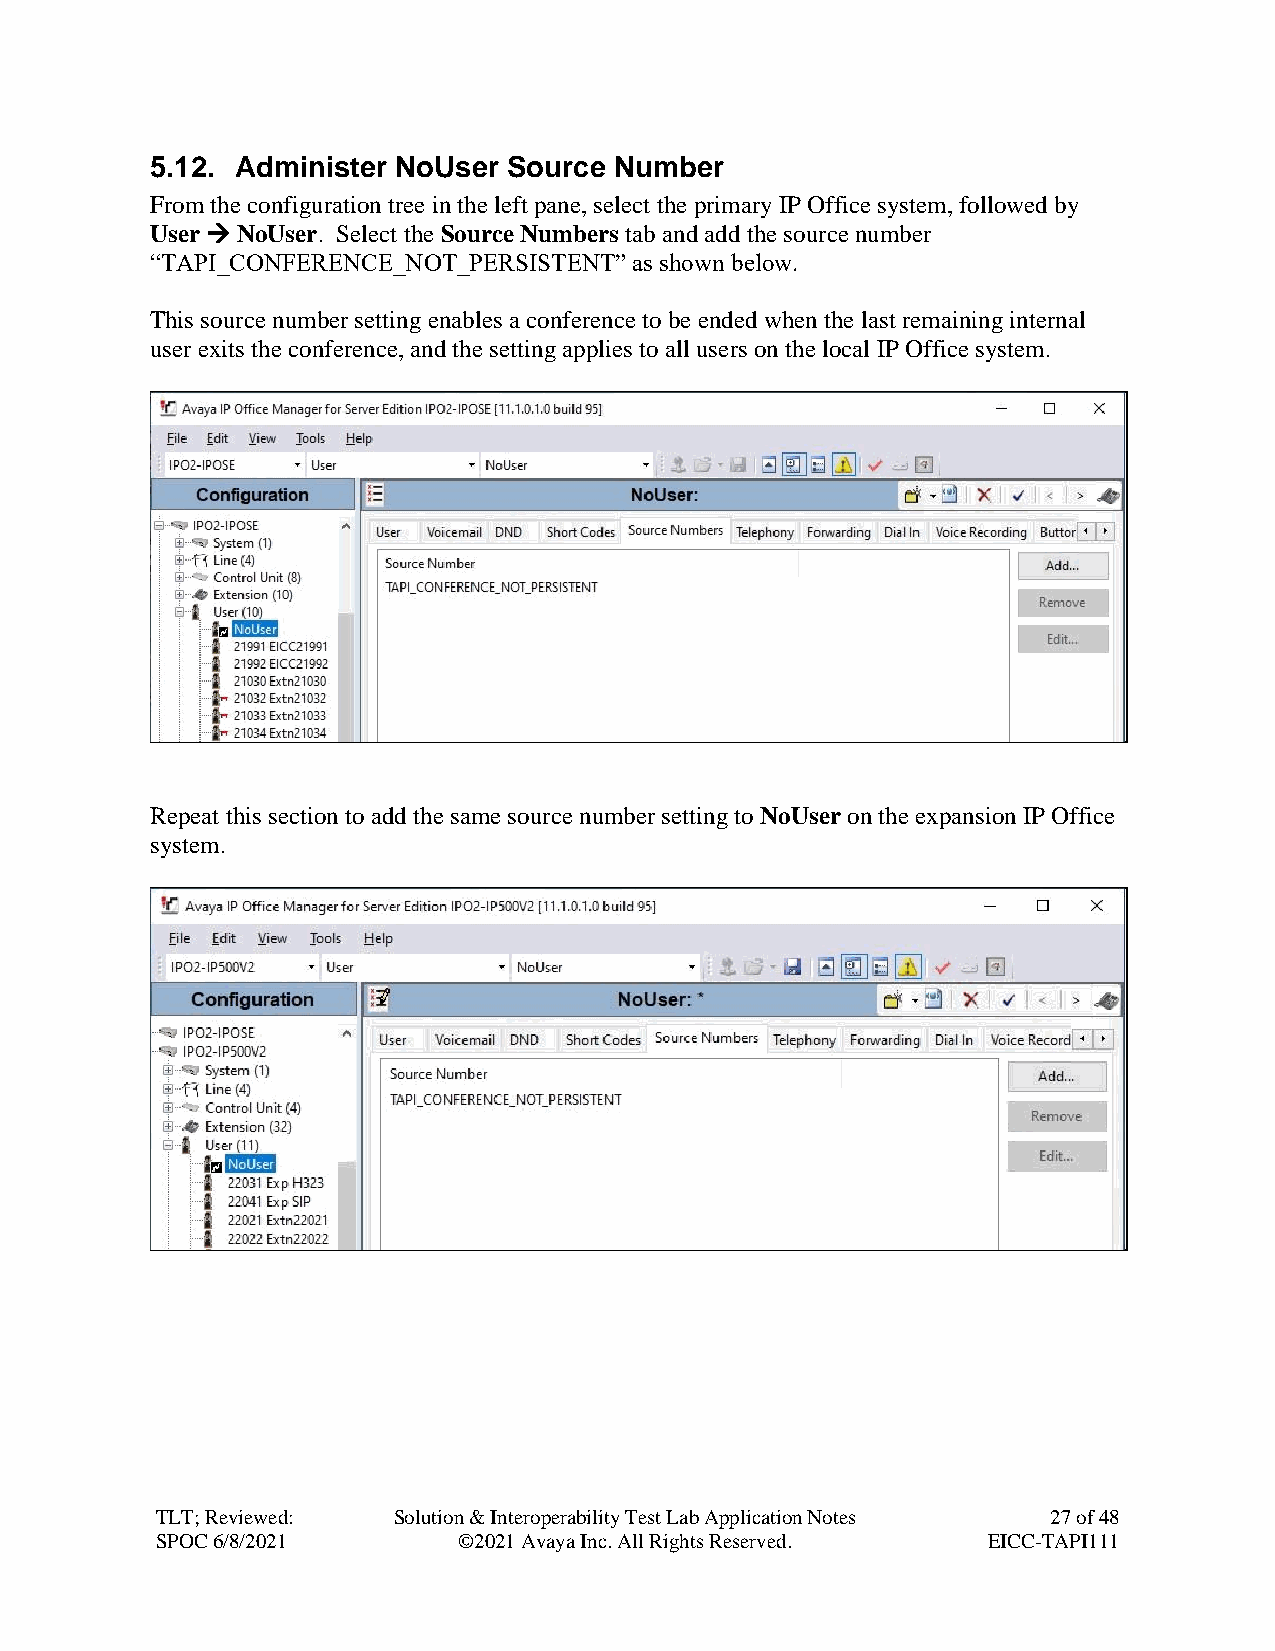
5.12. Administer NoUser Source Number
 From the configuration tree in the left pane, select the primary IP Office system, followed by
 User → NoUser. Select the Source Numbers tab and add the source number
 “TAPI_CONFERENCE_NOT_PERSISTENT” as shown below.
 This source number setting enables a conference to be ended when the last remaining internal
 user exits the conference, and the setting applies to all users on the local IP Office system.
 Repeat this section to add the same source number setting to NoUser on the expansion IP Office
 system.
 TLT; Reviewed:  Solution & Interoperability Test Lab Application Notes 27 of 48
 SPOC 6/8/2021       ©2021 Avaya Inc. All Rights Reserved. EICC-TAPI111